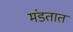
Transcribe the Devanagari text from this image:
मंडतात